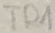
Text: TR1